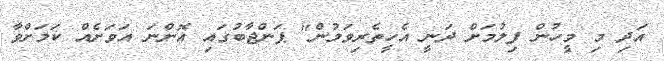
އަދި މި މީހުން ފިލުމަށް ދަނީ އެހީތެރިވަމުން" ޕަންޖާބުގައި އޮންނަ އަވަށެއް ކަމަށްވާ